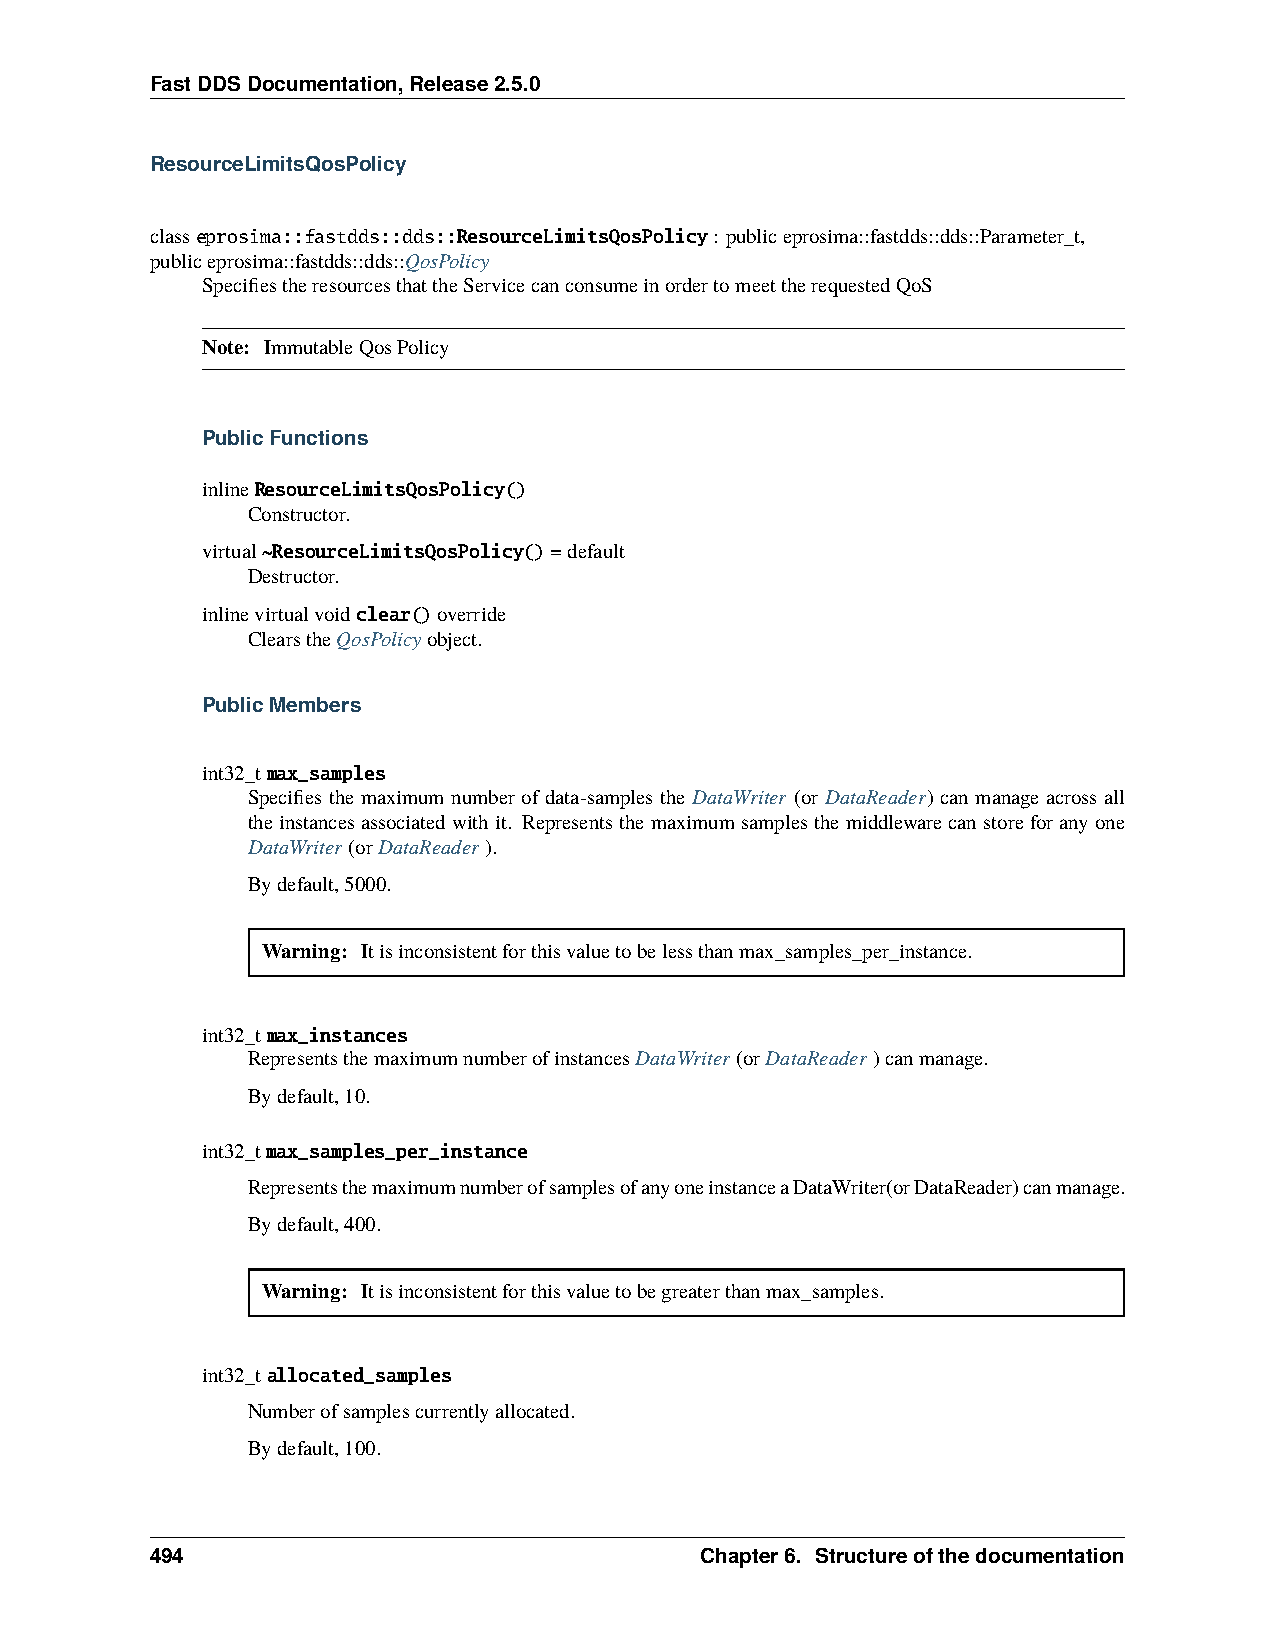
FastDDSDocumentation,Release2.5.0
 ResourceLimitsQosPolicy
 classeprosima::fastdds::dds::ResourceLimitsQosPolicy: publiceprosima::fastdds::dds::Parameter_t,
 publiceprosima::fastdds::dds::QosPolicy
 SpecifiestheresourcesthattheServicecanconsumeinordertomeettherequestedQoS
 Note: ImmutableQosPolicy
 PublicFunctions
 inlineResourceLimitsQosPolicy()
 Constructor.
 virtual~ResourceLimitsQosPolicy()=default
 Destructor.
 inlinevirtualvoidclear()override
 ClearstheQosPolicyobject.
 PublicMembers
 int32_tmax_samples
 Specifies the maximum number of data-samples the DataWriter (or DataReader) can manage across all
 theinstancesassociatedwithit. Representsthemaximumsamplesthemiddlewarecanstoreforanyone
 DataWriter(orDataReader).
 Bydefault,5000.
 Warning: Itisinconsistentforthisvaluetobelessthanmax_samples_per_instance.
 int32_tmax_instances
 RepresentsthemaximumnumberofinstancesDataWriter(orDataReader)canmanage.
 Bydefault,10.
 int32_tmax_samples_per_instance
 RepresentsthemaximumnumberofsamplesofanyoneinstanceaDataWriter(orDataReader)canmanage.
 Bydefault,400.
 Warning: Itisinconsistentforthisvaluetobegreaterthanmax_samples.
 int32_tallocated_samples
 Numberofsamplescurrentlyallocated.
 Bydefault,100.
 494                                 Chapter6. Structureofthedocumentation